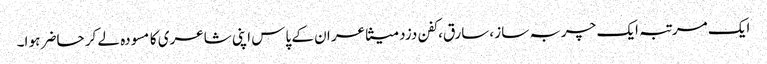
ایک مرتبہ ایک چربہ ساز ،سارق،کفن دزد متشاعر ان کے پاس اپنی شاعری کا مسودہ لے کر حاضر ہو ا۔